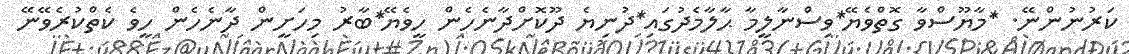
ކަރުނުންނޭ. *މާޔޫސްވާ ގޮތްވެޔޭ*ވިސްނާލީމާ ޙާލާމެދުގައި*ދުނިޔެ ދޫކޮށްދާނެހެން ހީވެޔޭ*ބާރު މިހަށީން ދާނެހެން ހީވެ ކެތްކުރެވޭނޭ